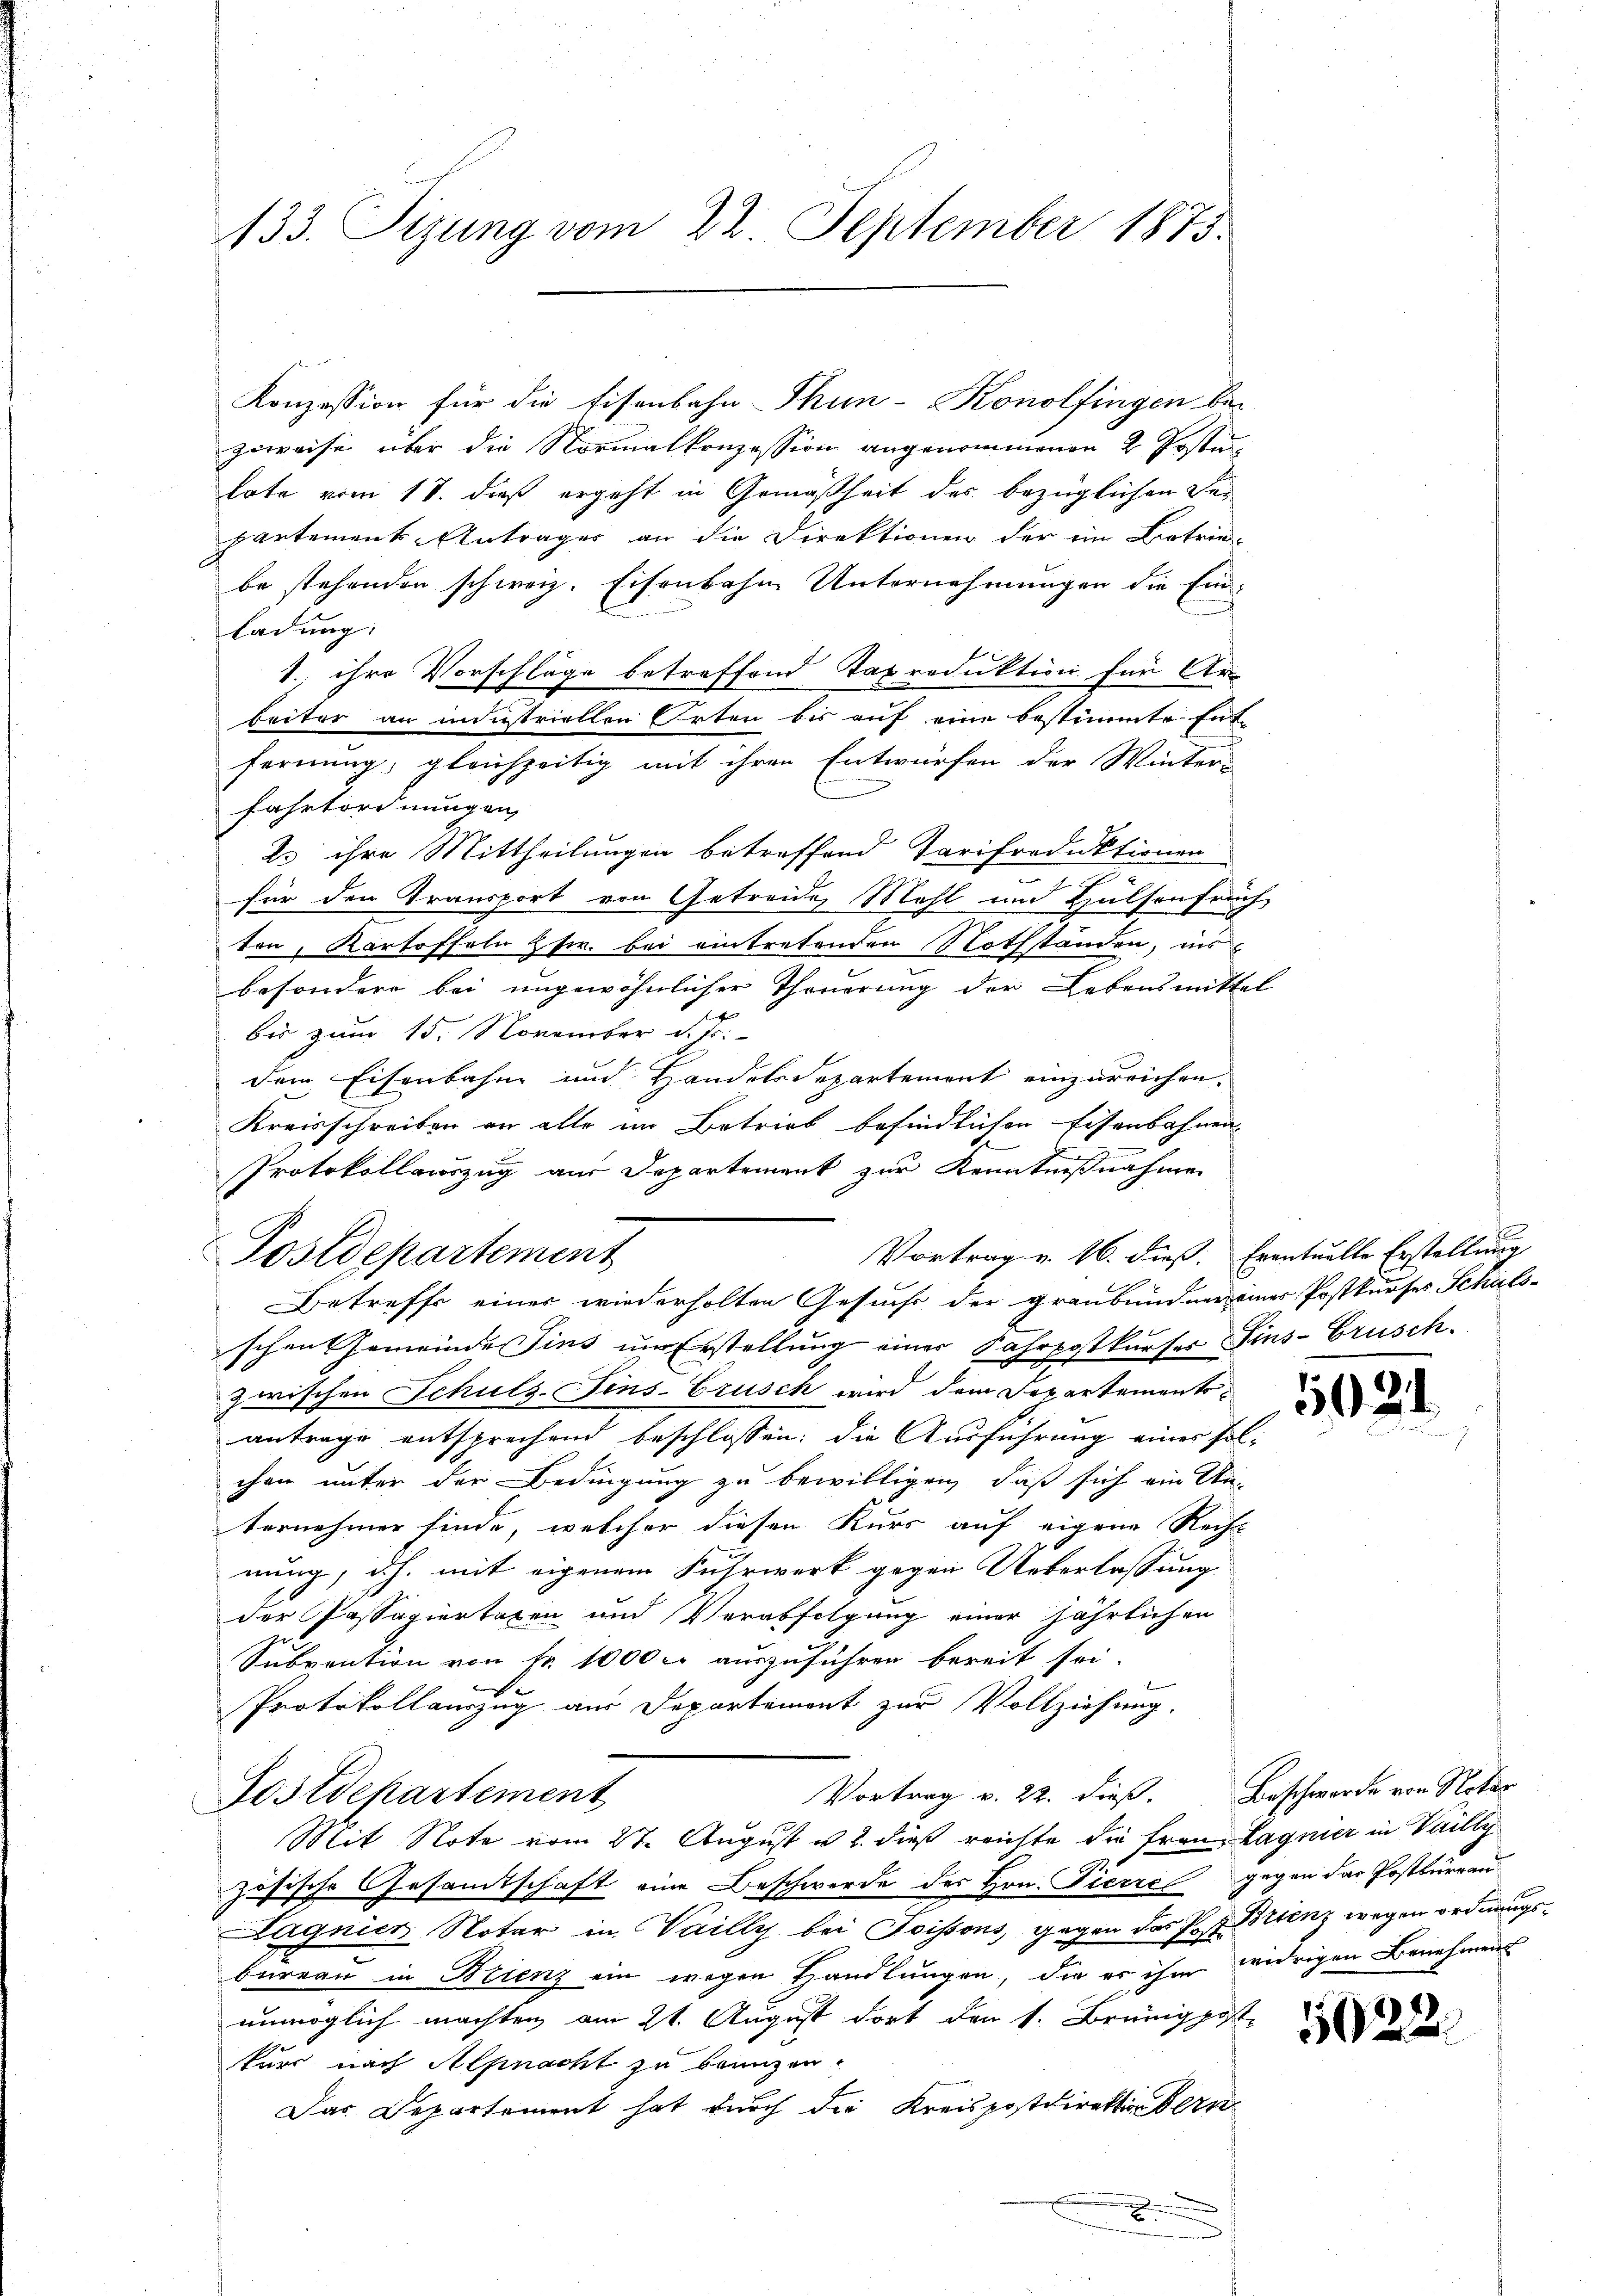
133. Sizung vom 22. September 1873.

Konzession für die Eisenbahn Thun-Konolfingen be-
zuweise über die Normalkonzession angenommenen 2 Posten,
hate vom 18. dieß ergeht in Gemäßheit des bezüglichen Bepartements-Antrages an die Direktionen der ein Betrie-
be stehenden schweiz. Eisenbahne Unternehmungen die Einladung.
1. ihre Vorschläge betreffend Taproduktion für Ar-
beiter an industriellen Orten bis auf eine bestimmte Ent-
fernung, gleichzeitig mit ihren Entwürfen der Winter-
fahrtordnungen
23 ihre Mittheilungen betreffend Tarifroduktionen
für den Transport von Getreide Mahl und Halsenfrüch
ten, Kartoffeln zfr. bei eintretenden Nothstanden, ins
besondere bei ungewöhnlicher Theuerung der Lebensmittel
bis zum 15. November d. Js.
dem Eisenbahn und Handelsdepartement einzureichen.
Kreisschreiben an alle im Betrieb befindlichen Eisenbahnen
Protokollauszug aus Departement zur Kenntnißnahmen
schen Gemeinde Zins um Erstellung einer Fahrpostkurses Fins- Brüschzwischen Schuls-Fins-Grusch wird dem Separtementsantrage entsprechend beschlossen: die Ausführung eines solchen unter der Bedingung zu bewilligen, daß sich ein An-
ternehmer finde, welcher diesen Kurs auf eigene Recht
nung, d.h. mit eigenem Fuhrwerk gegen Ueberlassung
der Passagiertaxen und Verabfolgung einer jährlichen
J
Subvention von Fr. 1000 c. auszuführen bereit sei.

Protokollauszug aus Departemont zur Vollziehung.
Vortrag v. 22. dieß. Beschwerde von Notar
Gostdekartement
Mit Note vom 27. August u. 2. dieß reichte die Frau Lagnier in Vailly
zösische Gesamtschaft eine Beschwerde des Hrn. Pierre gegen der Postburran
Hagnicz Noter in Vailly bei Soissons, gegen der Post. Stenz wegen ordnungsbureau in Bienz ein wegen Handlungen, die er ihm widrigen Benehmens
unmöglich machten am 21. August dort den 1. Brüngpost
kurs nach Alpnacht zu beunzen.
Das Departement hat durch die Kreispostdirektion dern

Postdepartement
Betreffe einer wiederholten Gesuchs der Graubünden eines Postkurses Schäls¬

Vortrag v. 16. dieß. Eventuelle Erstellung

502

.